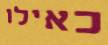
כאילו